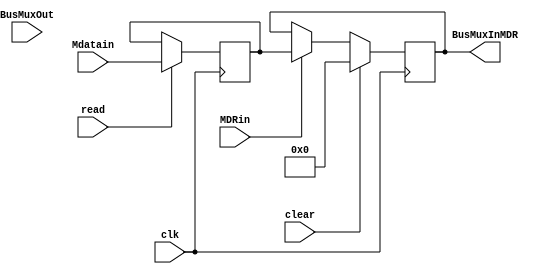
module MDR(
	input clk, clear, MDRin, read, 
	input [31:0] BusMuxOut, 
	input [31:0] Mdatain,
	output [31:0] BusMuxInMDR
); 

// Behavioral section for writing to the register 
reg [31:0] Din;
reg [31:0] In;
always @ (posedge clk)
	begin
		if (read) begin 
			// 0: Din <= BusMuxOut;
			Din <= Mdatain;
		end
		if(clear) begin
			In <= 32'b0;
		end
		else if(MDRin) begin
			In <= Din;
		end
	end
	assign BusMuxInMDR = In;
endmodule